Madras plague regulations in force outside the Presidency town - Volume 1
Disease focus: Plague
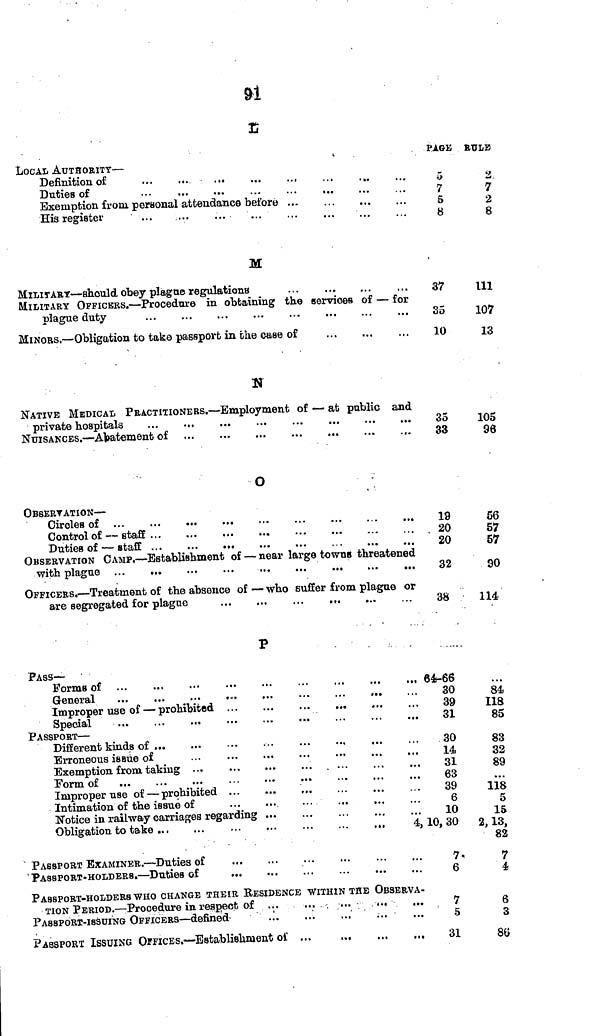
&
E
LOCAL AUTHORITY —
Definition of
...
...
...
...
..,
...
Duties of
...
...
...
Exemption from personal attendance befóte ...
His register
PAGE
5
7
5
8
BULB
2
7
2
8
M
MILITAR* — should obey plague regulations
MILITARY OFFICERS. — Procedure in obtaining the eervioes of — for
plague duty
MINORS. — Obligation to take passport in the case of
37
35
10
111
107
13
N
NATIVE MEDICAL PRACTITIONERS. — Employment of — at public and
private hospitals
NUISANCES. — Abatement of
35
33
105
96
O
OBBERYATION —
Circles of
Controlof — staff
Duties of — staff
OBSERVATION CAMP. — Establishment of — near large towns threatened
with plague
OFFICERS. — Treatment of the absence of — who suffer from plague or
are segregated for plague
,
19
. 20
20
32
38
56
57
57
90
114,
P
PASS — •
Forms of
General
Improper use of — prohibited
Special
PASSPORT —
Different kinds of ...
...
...
...
...
..,
...
Erroneous issue of
Exemption, from taking
Form of
Improper use of — prohibited ...
...
,..
...
...
. .
Intimation of the issue of
Notice in railway carriages regarding
Obligation to take
4 5
* PASSPORT EXAMINER. — Duties of
'PASSPORT-HOLDERS. — Duties of
PASSPORT-HOLDERS WHO CHANGE THEIR RESIDENCE WITHIN THE OBSERVA-
TION PERIOD. — Procedure in respect of ...
... . ...
PASSPORT-ISSUING OFFICERS — defined-
...
...
...
...
PASSPORT ISSUING OFFICES. — Establishment of ...
64-66
30
39
31
30
14
31
63
39
6
10
10, 30
7
6
7
5
31
84
118
85
83
32
89
118
5
15
2, 13,
82
7
4,
6
3
86